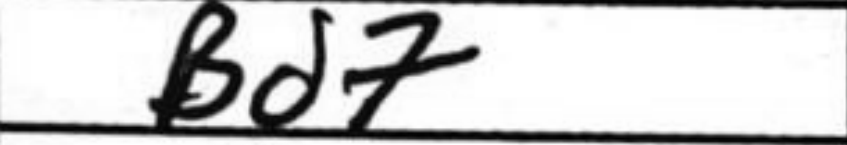
Transcription: Bd7